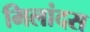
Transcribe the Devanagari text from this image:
मिलांदस